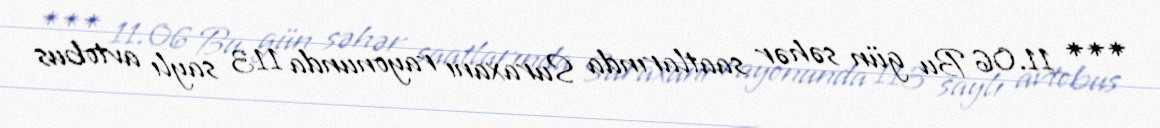
*** 11.06 Bu gün səhər saatlarında Suraxanı rayonunda 113 saylı avtobus